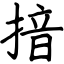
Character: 揞